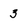
Character: 3